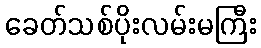
ခေတ်သစ်ပိုးလမ်းမကြီး